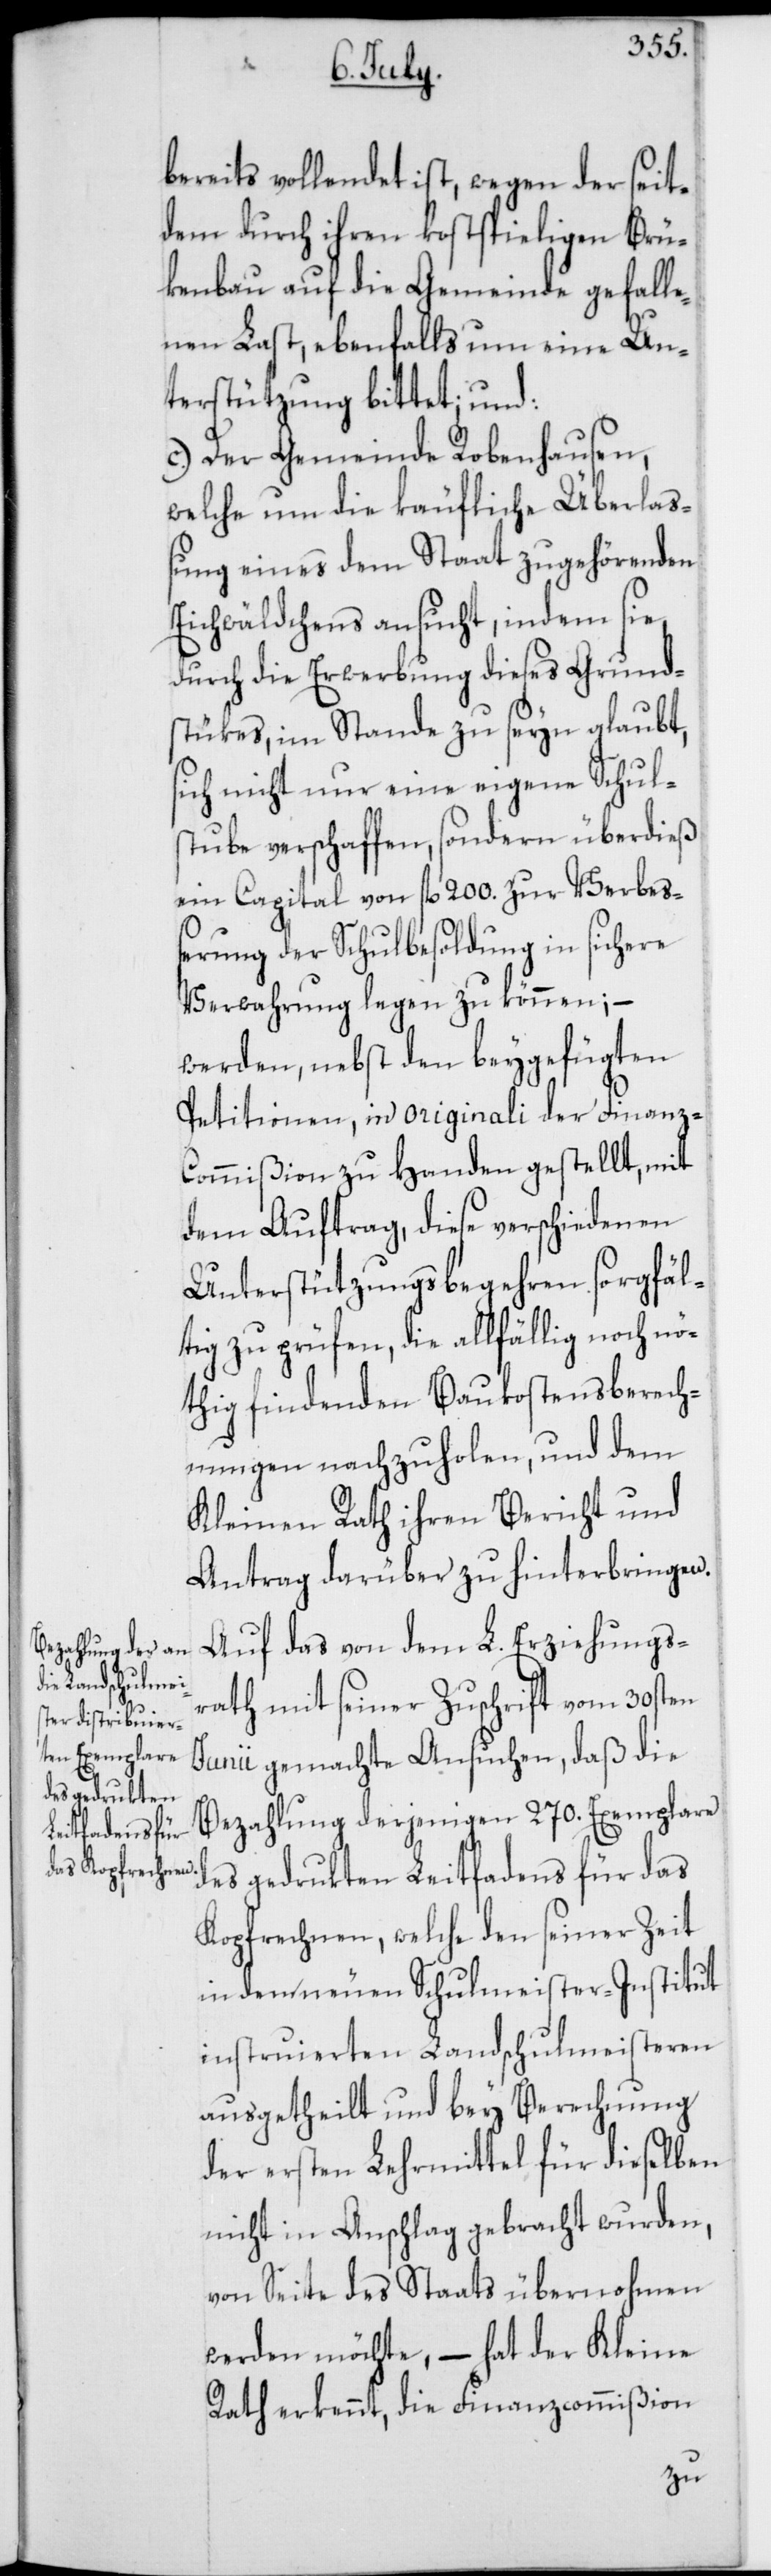
bereits vollendet ist, wegen der seit
dem durch ihren kostspieligen Brü¬
kenbau auf die Gemeinde gefalle¬
nen Last, ebenfalls um eine Un¬
terstützung bittet; und:
c.) Der Gemeinde Robenhausen,
welche um die käufliche Überlaß¬
ung eines dem Staat zugehörenden
Eichwäldchens ansucht, indem sie,
durch die Erwerbung dieses Grund¬
stükes, im Stande zu seyn glaubt,
sich nicht nur eine eigene Schul¬
stube verschaffen, sondern überdieß
ein Capital von fl. 200. zur Verbe¬
ßerung der Schulbesoldung in sichere
Verwahrung legen zu können; –
werden, nebst den beygefügten
Petitionen, in originali der Finanz-C¬
ommißion zu Handen gestellt, mit
dem Auftrag, diese verschiedenen
Unterstützungsbegehren sorgfäl¬
tig zu prüfen, die allfällig noch nö¬
thig findenden Baukostensberech¬
nungen nachzuholen, und dem
Kleinen Rath ihren Bericht und
Antrag darüber zu hinterbringen.
Auf das von dem L. Erziehungs¬
rath mit seiner Zuschrift vom 30sten
Junii gemachte Ansuchen, daß die
Bezahlung derjenigen 270. Exemplare
des gedrukten Leitfadens für das
Kopfrechnen, welche den seiner Zeit
in dem neuen Schulmeister-Institut
instruierten Landschulmeisteren
ausgetheilt und bey Berechnung
der ersten Lehrmittel, für dieselben
nicht in Anschlag gebracht wurden,
von Seite des Staats übernohmen
werden möchte, – hat der Kleine
Rath erkennt, die Finanzcommißion